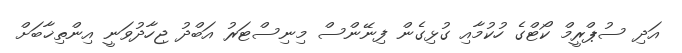
އަދި ސުޕްރީމް ކޯޓްގެ ހުކުމާއި ގުޅިގެން ފިނޭންސް މިނިސްޓަރު އަބްދު ޖިހާދުވަނީ އިންތިޚާބަށް